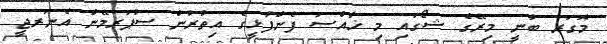
މޮގަރ ބުނީ މިރޭގެ ޝޯގައި މި ޚާއްސަ ފެންފުޅީގެ އިތުރުން ސުޕަރމޭން އެނަރޖީ